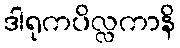
ဒါရုကပိလ္လကာနိ